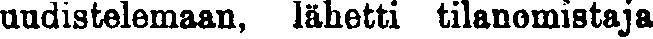
uudistelemaan, lähetti tilanomistaja